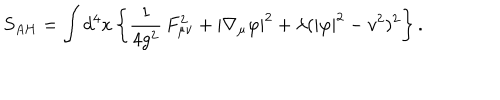
S _ { A H } = \int d ^ { 4 } x \left\{ \frac 1 { 4 g ^ { 2 } } \, F _ { \mu \nu } ^ { 2 } + | \nabla _ { \mu } \varphi | ^ { 2 } + \lambda ( | \varphi | ^ { 2 } - v ^ { 2 } ) ^ { 2 } \right\} .